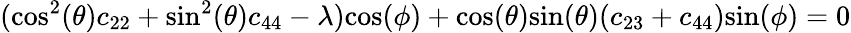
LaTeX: (\textrm{cos}^{2}(\theta)c_{22}+\textrm{sin}^{2}(\theta)c_{44}-\lambda)\textrm{cos}(\phi)+\textrm{cos}(\theta)\textrm{sin}(\theta)(c_{23}+c_{44})\textrm{sin}(\phi)=0